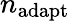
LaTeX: n_{\mathrm{adapt}}